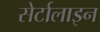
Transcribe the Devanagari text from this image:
सेर्टालाइन